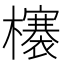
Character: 𣟋